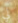
لي